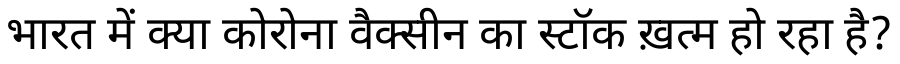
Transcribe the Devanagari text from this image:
भारत में क्या कोरोना वैक्सीन का स्टॉक ख़त्म हो रहा है?